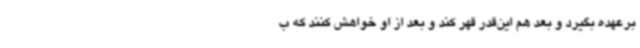
برعهده بگیرد و بعد هم این‌قدر قهر کند و بعد از او خواهش کنند که ب